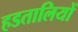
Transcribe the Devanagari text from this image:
हडतालियों